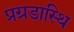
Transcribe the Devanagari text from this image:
प्रग्रडास्थि